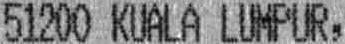
51200 KUALA LUMPUR,